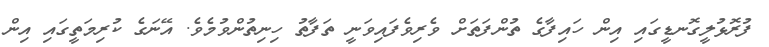
ފުރޮޅުލީގޮނޑީގައި އިން ހައިފާގެ ތުންފަތަށް ވެރިވެފައިވަނީ ތަފާތު ހިނިތުންވުމެވެ. އޭނަގެ ކުރިމަތީގައި އިން